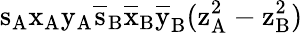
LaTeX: \mathrm{s_{A}\mathrm{x_{A}\mathrm{y_{A}\mathrm{\overline{{s}}_{B}\mathrm{\overline{{x}}_{B}\mathrm{\overline{{y}}_{B}(\mathrm{z_{A}^{2}-\mathrm{z_{B}^{2})}}}}}}}}